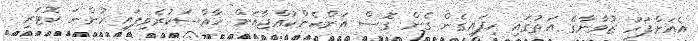
އެއަށްފަހު ޒުވާނާގެ އަތުގައި ހިފައިގެން ގެން ގޮސް އަންހެންކުއްޖާއަށް ޚާއްސަކުރެވިފައި ހުންނަ ކޮޓަރި